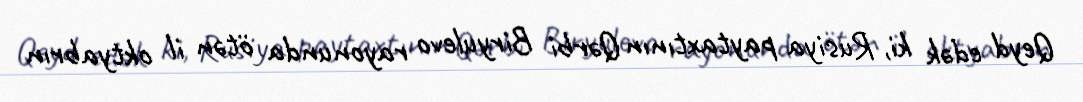
Qeyd edək ki, Rusiya paytaxtının Qərbi Biryulevo rayonunda ötən il oktyabrın